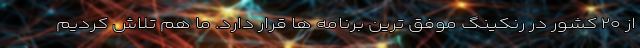
از ۲۰ کشور در رنکینگ موفق ترین برنامه ها قرار دارد. ما هم تلاش کردیم